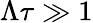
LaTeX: \Lambda\tau\gg 1